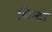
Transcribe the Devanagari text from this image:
शिन्टो